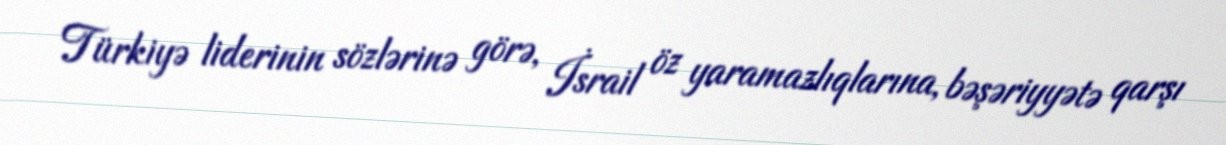
Türkiyə liderinin sözlərinə görə, İsrail öz yaramazlıqlarına, bəşəriyyətə qarşı